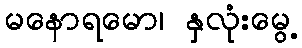
မနောရမော၊ နှလုံးမွေ့